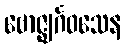
ဗောဇ္ဈင်္ဂဝသေန